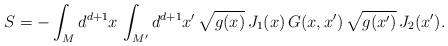
LaTeX: \begin{align*}S = -\int_M d^{d+1}x \, \int_{M^\prime} d^{d+1}x^\prime \,\sqrt{g(x)} \, J_1(x) \, G(x,x^\prime) \, \sqrt{g(x^\prime)} \,J_2(x^\prime). \end{align*}